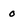
Character: 0